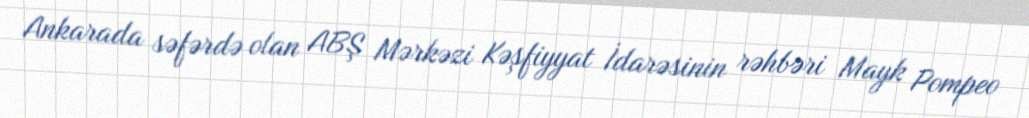
Ankarada səfərdə olan ABŞ Mərkəzi Kəşfiyyat İdarəsinin rəhbəri Mayk Pompeo